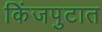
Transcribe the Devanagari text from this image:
किंजपुटात